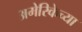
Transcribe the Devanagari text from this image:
अमेरिकेच्या